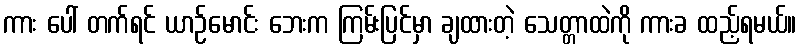
ကား ပေါ် တက်ရင် ယာဉ်မောင်း ဘေးက ကြမ်းပြင်မှာ ချထားတဲ့ သေတ္တာထဲကို ကားခ ထည့်ရမယ်။